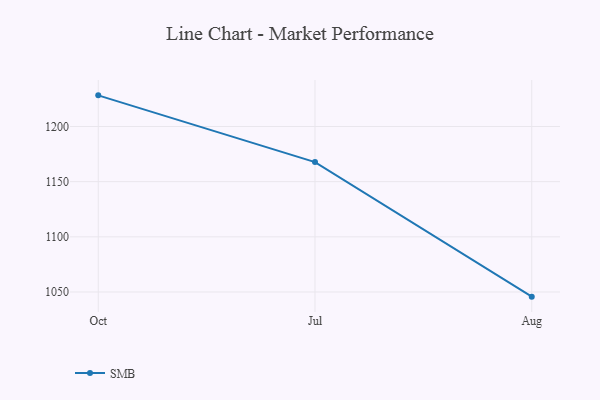
{"axis": {"x": "Month", "y": "Conversion Rate (%)"}, "legend": ["SMB"], "data": [{"x": "Oct", "y": 1228.2, "type": "SMB"}, {"x": "Jul", "y": 1167.7, "type": "SMB"}, {"x": "Aug", "y": 1045.8, "type": "SMB"}]}